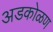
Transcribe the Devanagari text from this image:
अडकोळण